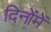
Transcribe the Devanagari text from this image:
दिनोंमें